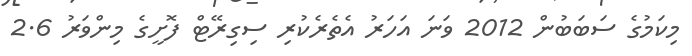
މިކަމުގެ ސަބަބުން 2012 ވަނަ އަހަރު އެތެރެކުރި ސިގިރޭޓް ފޮށީގެ މިންވަރު 2.6